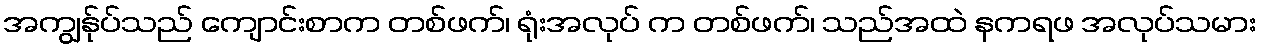
အကျွန်ုပ်သည် ကျောင်းစာက တစ်ဖက်၊ ရုံးအလုပ် က တစ်ဖက်၊ သည်အထဲ နကရဖ အလုပ်သမား